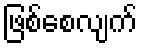
ဖြစ်စေလျက်